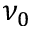
\nu _ { 0 }